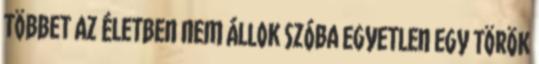
TÖBBET AZ ÉLETBEN NEM ÁLLOK SZÓBA EGYETLEN EGY TÖRÖK